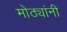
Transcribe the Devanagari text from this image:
मोठ्यांनी